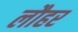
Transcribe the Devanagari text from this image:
लौहर